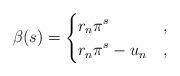
LaTeX: \begin{align*} \beta(s)=\begin{cases}\displaystyle r_n \pi^{s}&,\\\displaystyle r_n \pi^{s} -u_n&,\end{cases}\end{align*}